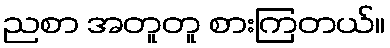
ညစာ အတူတူ စားကြတယ်။